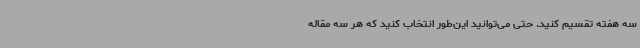
سه هفته تقسیم کنید. حتی می‌توانید این‌طور انتخاب کنید که هر سه مقاله